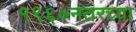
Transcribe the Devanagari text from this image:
१९६०नंतरच्या